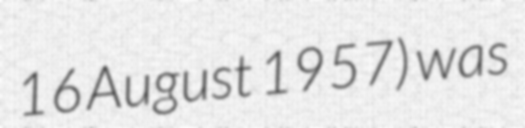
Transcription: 16 August 1957) was